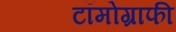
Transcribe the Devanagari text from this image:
टॉमोग्राफी